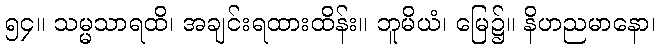
၅၄။ သမ္မသာရထိ၊ အချင်းရထားထိန်း။ ဘူမိယံ၊ မြေ၌။ နိဟညမာနော၊